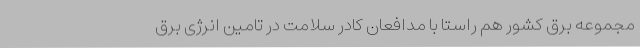
مجموعه برق کشور هم راستا با مدافعان کادر سلامت در تامین انرژی برق